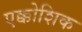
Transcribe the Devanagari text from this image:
एक्कोशिक